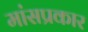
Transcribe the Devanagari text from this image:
मांसप्रकार